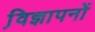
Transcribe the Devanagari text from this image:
वि़ज्ञापनों